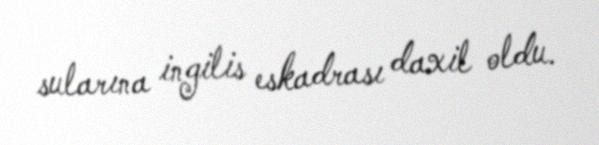
sularına ingilis eskadrası daxil oldu.